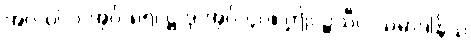
အပ-ပါ-ပ-အုပ်-၈၅၊ ဋ္ဌ-ဒု-အုပ်-၄၀။ ဤပဉ္စသီလသမာဒါနိယ